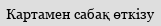
Картамен сабақ өткізу